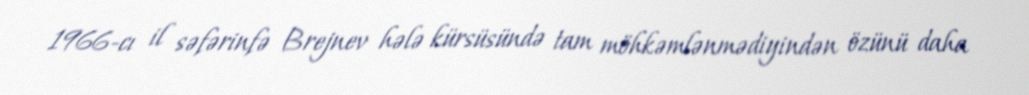
1966-cı il səfərinfə Brejnev hələ kürsüsündə tam möhkəmlənmədiyindən özünü daha